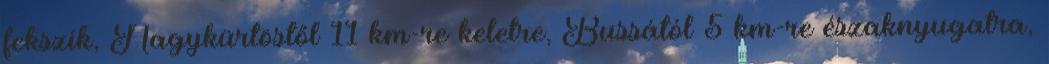
fekszik, Nagykürtöstől 11 km-re keletre, Bussától 5 km-re északnyugatra,